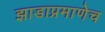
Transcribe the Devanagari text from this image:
झाडाप्रमाणेच